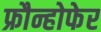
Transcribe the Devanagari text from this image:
फ्रौन्होफेर